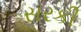
સરકી